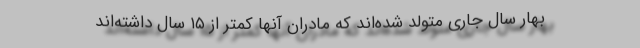
بهار سال جاری متولد شده‌اند که مادران آنها کمتر از ۱۵ سال داشته‌اند